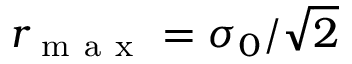
r _ { \mathrm { ~ m ~ a ~ x ~ } } = \sigma _ { 0 } / \sqrt { 2 }